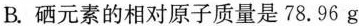
B.硒元素的相对原子质量是78.96g